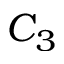
C _ { 3 }